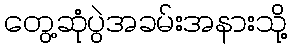
တွေ့ဆုံပွဲအခမ်းအနားသို့